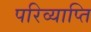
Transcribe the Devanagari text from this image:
परिव्याप्ति